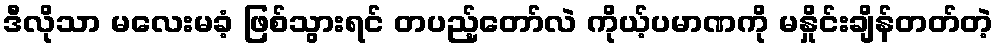
ဒီလိုသာ မလေးမခံ့ ဖြစ်သွားရင် တပည့်တော်လဲ ကိုယ့်ပမာဏကို မနှိုင်းချိန်တတ်တဲ့